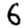
Digit: 6